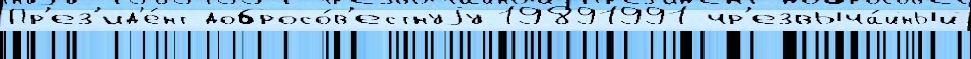
Пр'ез'ид'е́нт добросо́в'естнуjу 19891991 чр'езвыча́йный